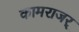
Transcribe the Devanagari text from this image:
कामराजर्